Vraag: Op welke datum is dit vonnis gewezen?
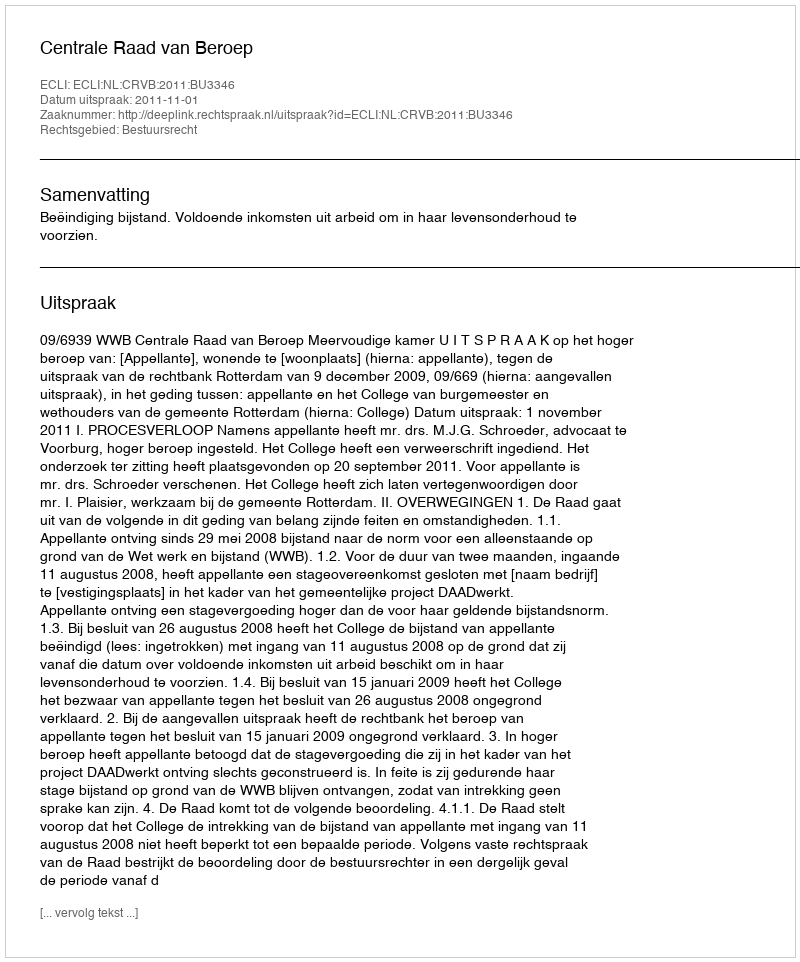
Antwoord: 2011-11-01